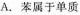
A. 苯属于单质